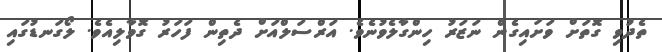
ތެދުވި ގޮތަށް ވަށައިގެން ނަޒަރު ހިންގާލެވުނެވެ. އަރްސަލްއަށް ދެތިން ފަހަރު ގޮވާލިއެވެ. ލޯގަނޑުގައި